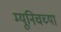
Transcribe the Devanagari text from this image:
म्यूनिचच्या